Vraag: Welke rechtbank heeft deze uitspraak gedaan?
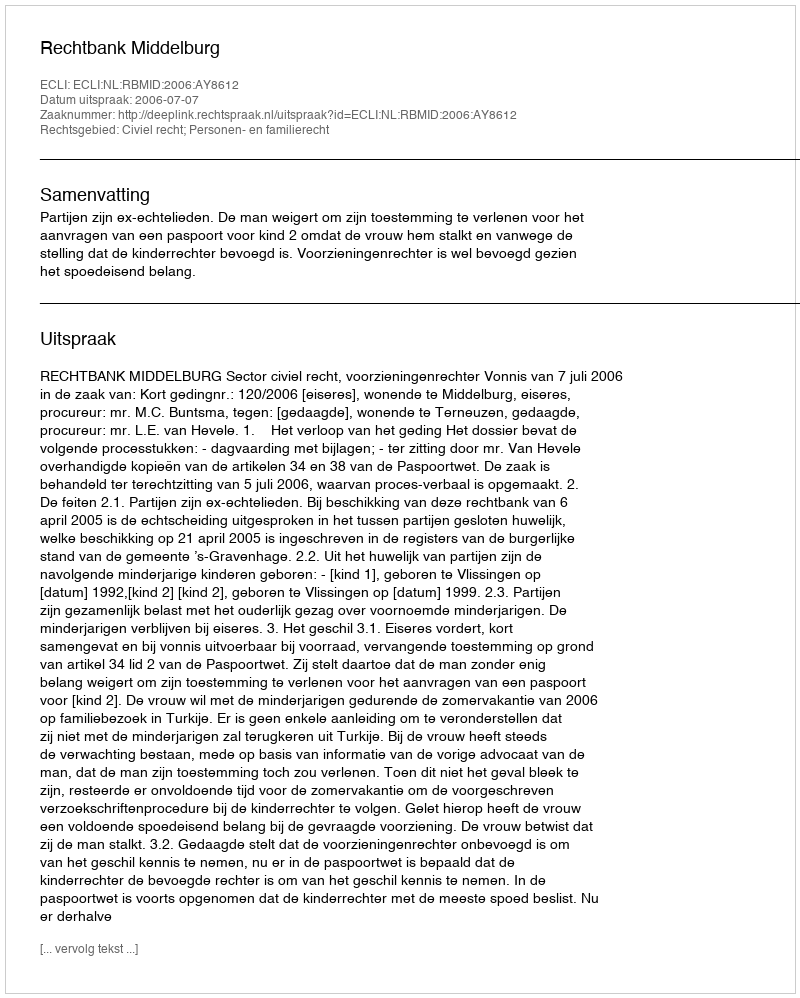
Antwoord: Rechtbank Middelburg